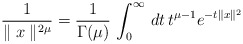
\begin{align*} \frac{1}{\parallel x \parallel^{2\mu}} = \frac{1}{\Gamma(\mu)} \, \int_0^\infty \, dt \, t^{\mu-1} e^{-t \parallel x \parallel^2}\end{align*}